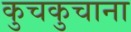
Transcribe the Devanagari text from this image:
कुचकुचाना